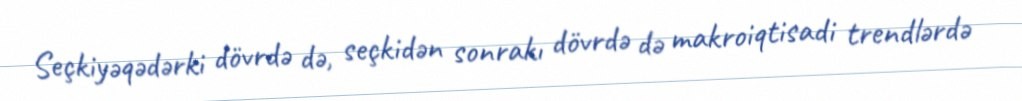
Seçkiyəqədərki dövrdə də, seçkidən sonrakı dövrdə də makroiqtisadi trendlərdə